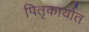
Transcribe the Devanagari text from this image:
पितृकार्यात